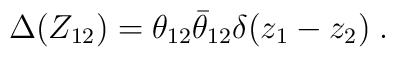
\Delta (Z_{12}) = \theta_{12}{\bar\theta}_{12}\delta (z_1-z_2) \;.